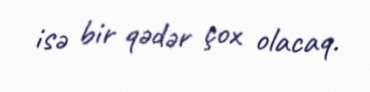
isə bir qədər çox olacaq.